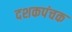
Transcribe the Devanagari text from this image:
दशकपंचक